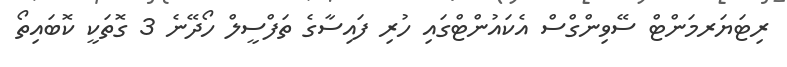
ރިޓަޔަރމަންޓް ސޭވިންގްސް އެކައުންޓްގައި ހުރި ފައިސާގެ ތަފްސީލް ހޯދޭނެ 3 ގޮތަކީ ކޮބައިތޯ